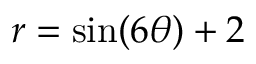
r = \sin ( 6 \theta ) + 2